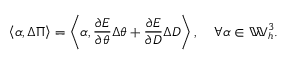
\left\langle \alpha , \Delta \Pi \right\rangle = \left\langle \alpha , \frac { \partial E } { \partial \theta } \Delta \theta + \frac { \partial E } { \partial D } \Delta D \right\rangle , \quad \forall \alpha \in \mathbb { W } _ { h } ^ { 3 } .